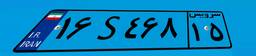
۱۶S۴۶۸۱۵